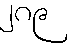
၂၈၉